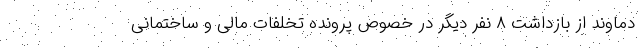
دماوند از بازداشت ۸ نفر دیگر در خصوص پرونده تخلفات مالی و ساختمانی